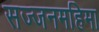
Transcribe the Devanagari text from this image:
सज्जनमहिमा